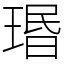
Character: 瑉